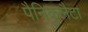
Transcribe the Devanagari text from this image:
पैनिकुलैटा